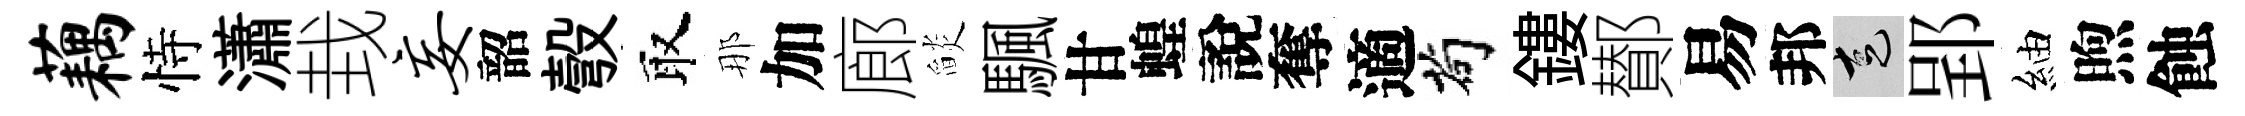
藕恃瀟㘽妄韶彀取那加廊𦦨颿甘蝗說奪適茍鏤鄼易邦走郢紬煦蝕